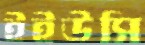
ইইউসি